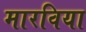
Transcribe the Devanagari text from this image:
मारविया